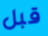
قبل